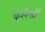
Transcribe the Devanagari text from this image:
फरनैन्डों